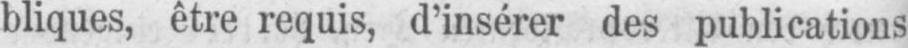
bliques, être requis, d’insérer des publications